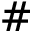
\#